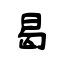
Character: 曷